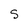
Character: s